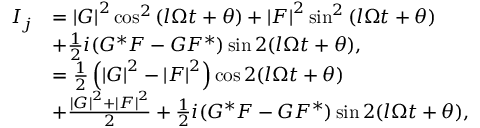
\begin{array} { r l } { I _ { j } } & { = \left\vert G \right\vert ^ { 2 } \cos ^ { 2 } \left( l \Omega t + \theta \right) + \left\vert F \right\vert ^ { 2 } \sin ^ { 2 } \left( l \Omega t + \theta \right) } \\ & { + \frac { 1 } { 2 } i ( G ^ { \ast } F - G F ^ { \ast } ) \sin 2 ( l \Omega t + \theta ) , } \\ & { = \frac { 1 } { 2 } \left( \left\vert G \right\vert ^ { 2 } - \left\vert F \right\vert ^ { 2 } \right) \cos 2 ( l \Omega t + \theta ) } \\ & { + \frac { \left\vert G \right\vert ^ { 2 } + \left\vert F \right\vert ^ { 2 } } { 2 } + \frac { 1 } { 2 } i ( G ^ { \ast } F - G F ^ { \ast } ) \sin 2 ( l \Omega t + \theta ) , } \end{array}